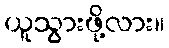
ယူသွားဖို့လား။